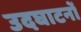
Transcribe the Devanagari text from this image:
उदघाटनों